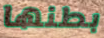
بطنها